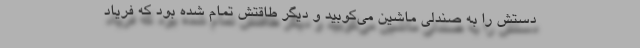
دستش را به صندلی ماشین می‌کوبید و دیگر طاقتش تمام شده بود که فریاد